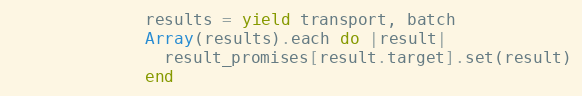
Language: Ruby
              results = yield transport, batch
              Array(results).each do |result|
                result_promises[result.target].set(result)
              end